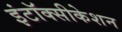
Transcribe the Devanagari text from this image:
इंटॉक्सीकेशन